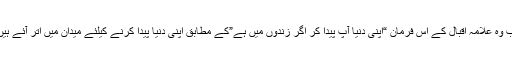
اب وہ علامہ اقبال کے اس فرمان “اپنی دنیا آپ پیدا کر اگر زندوں میں ہے”کے مطابق اپنی دنیا پیدا کرنے کیلئے میدان میں اتر آئے ہیں۔